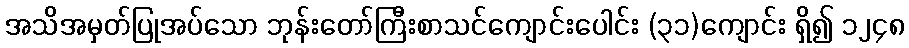
အသိအမှတ်ပြုအပ်သော ဘုန်းတော်ကြီးစာသင်ကျောင်းပေါင်း (၃၁)ကျောင်း ရှိ၍ ၁၂၄၈